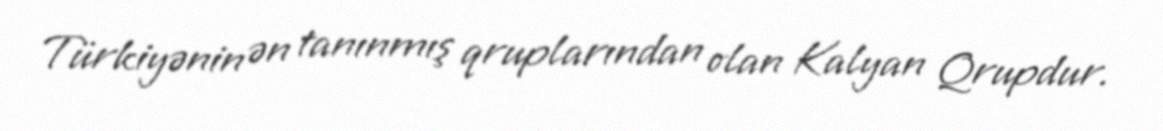
Türkiyənin ən tanınmış qruplarından olan Kalyan Qrupdur.